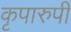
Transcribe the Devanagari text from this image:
कृपारुपी